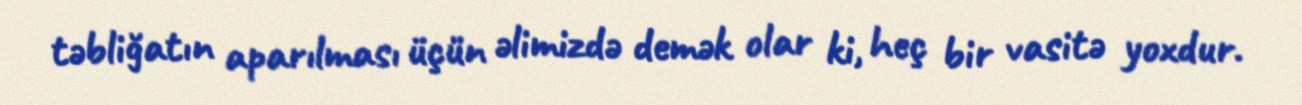
təbliğatın aparılması üçün əlimizdə demək olar ki, heç bir vasitə yoxdur.